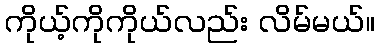
ကိုယ့်ကိုကိုယ်လည်း လိမ်မယ်။